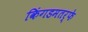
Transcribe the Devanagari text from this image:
किंगडमतर्फे